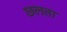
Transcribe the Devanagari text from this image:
छलता